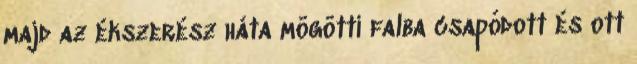
majd az ékszerész háta mögötti falba csapódott és ott